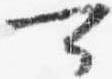
可